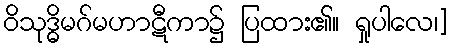
ဝိသုဒ္ဓိမဂ်မဟာဋီကာ၌ ပြထား၏။ ရှုပါလေ၊]